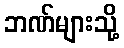
ဘဏ်များသို့